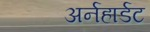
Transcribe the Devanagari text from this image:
अर्नहार्डट